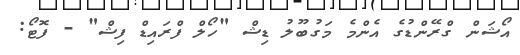
އޯޝަން ގްރޭންޑުގެ އެންމެ މަގުބޫލު ޑިޝް "ހޯލް ފްރައިޑް ފިޝް" - ފޮޓޯ: